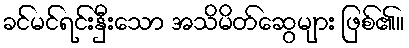
ခင်မင်ရင်းနှီးသော အသိမိတ်ဆွေများ ဖြစ်၏။